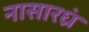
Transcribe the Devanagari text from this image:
नासारध्रं